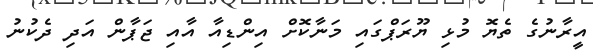
އީރާނުގެ ތެޔޮ މުޅި ޔޫރަޕްގައި މަނާކޮށް އިންޑިއާ އާއި ޖަޕާން އަދި ދެކުނު